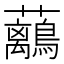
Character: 𧅯